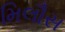
મિલૌસ